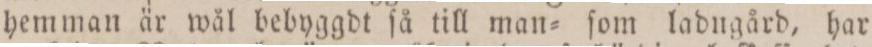
hemman är wål bebyggdt ſå till man= ſom ladugård, har